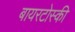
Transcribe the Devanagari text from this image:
बायरटोस्की